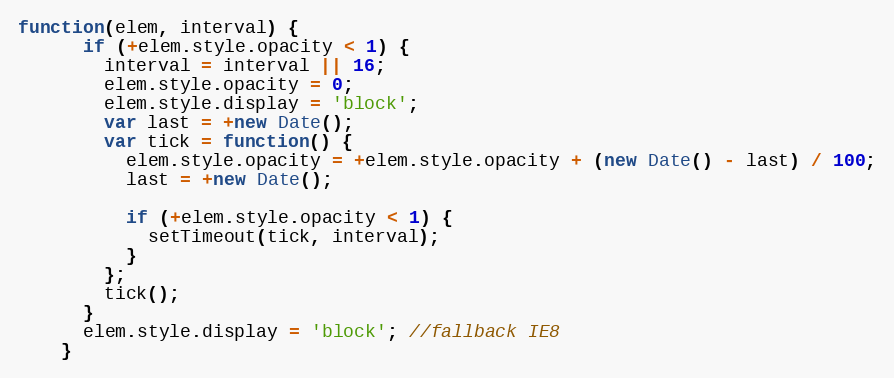
Language: JavaScript
function(elem, interval) {
      if (+elem.style.opacity < 1) {
        interval = interval || 16;
        elem.style.opacity = 0;
        elem.style.display = 'block';
        var last = +new Date();
        var tick = function() {
          elem.style.opacity = +elem.style.opacity + (new Date() - last) / 100;
          last = +new Date();

          if (+elem.style.opacity < 1) {
            setTimeout(tick, interval);
          }
        };
        tick();
      }
      elem.style.display = 'block'; //fallback IE8
    }